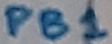
Text: PB1